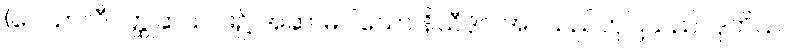
(ဝေသာလီဝတ္ထုဆယ်ပါး၌ အဆာမပါသော နိသီဒိုင် အပ်သည်ဟုပြသည်။ ဒုတိယ